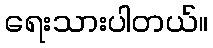
ရေးသားပါတယ်။